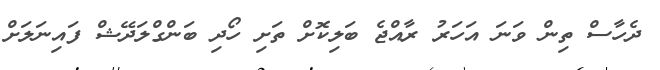
ދެހާސް ތިން ވަނަ އަހަރު ރާއްޖެ ބަލިކޮށް ތަށި ހޯދި ބަންގްލަދޭޝް ފައިނަލަށް